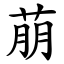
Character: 萠